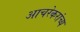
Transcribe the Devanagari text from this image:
आचरेकरांच्य